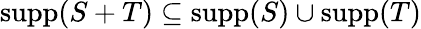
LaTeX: \operatorname{supp}(S+T)\subseteq\operatorname{supp}(S)\cup\operatorname{supp}(T)